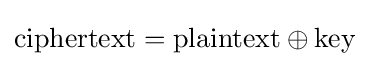
\mathrm {ciphertext} =\mathrm {plaintext} \oplus \mathrm {key}